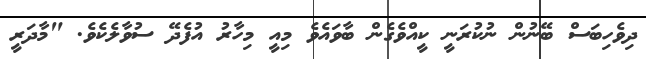
ދިވެހިބަސް ބޭނުން ނުކުރަނީ ކީއްވެގެން ބާވައެވެ މިއީ މިހާރު އުފެދޭ ސުވާލެކެވެ. "މާދަރީ